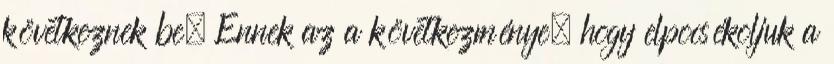
következnek be. Ennek az a következménye, hogy elpocsékoljuk a